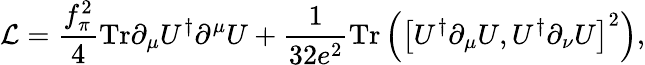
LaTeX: {\cal L}=\frac{f_{\pi}^{2}}{4}\mathrm{Tr}\partial_{\mu}U^{\dagger}\partial^{\mu}U+\frac{1}{32e^{2}}\mathrm{Tr}\left(\left[U^{\dagger}\partial_{\mu}U,U^{\dagger}\partial_{\nu}U\right]^{2}\right),